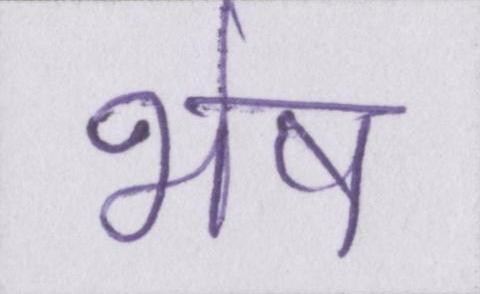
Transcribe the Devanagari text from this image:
भेष